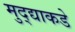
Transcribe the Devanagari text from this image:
मुद्द्याकडे